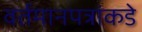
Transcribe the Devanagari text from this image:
वर्तमानपत्रांकडे